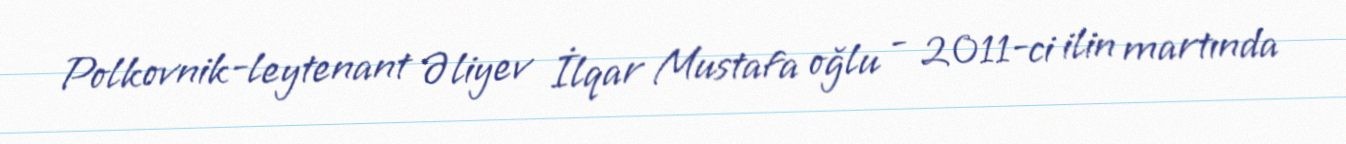
Polkovnik-leytenant Əliyev İlqar Mustafa oğlu - 2011-ci ilin martında